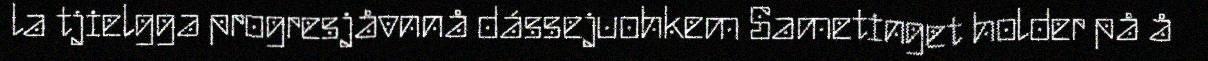
la tjielgga progresjåvnnå dássejuohkem Sametinget holder på å